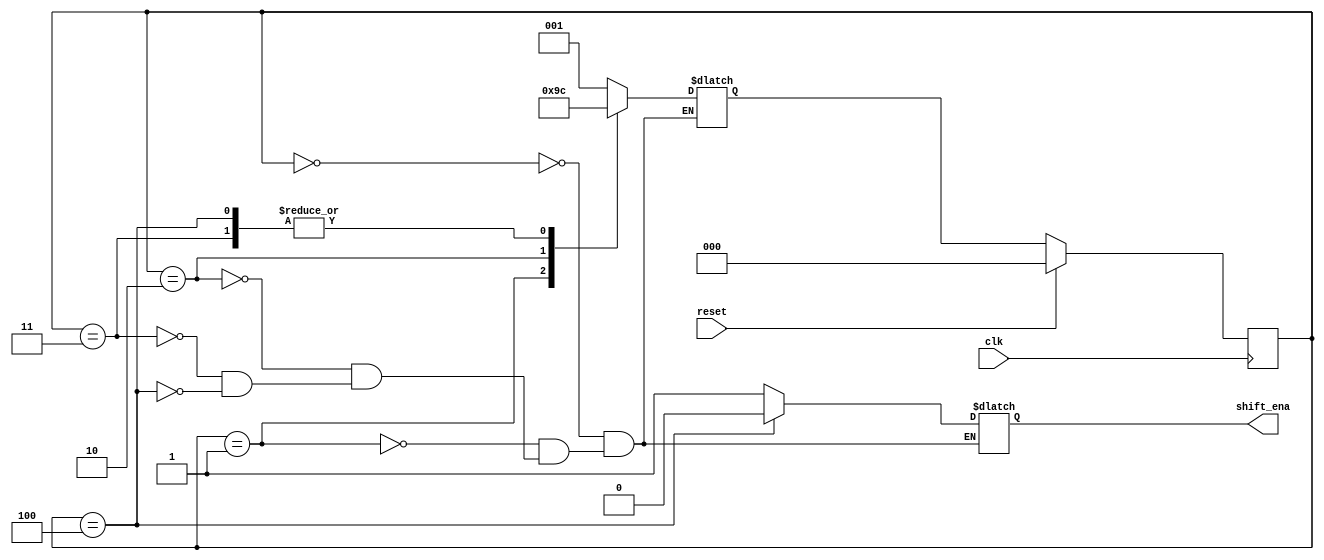
module top_module (
    input clk,
    input reset,      // Synchronous reset
    output shift_ena);
    
    reg [2 : 0] curr_state;
    reg [2 : 0] next_state;
    
    parameter S0   = 3'd0;
    parameter S1   = 3'd1;
    parameter S2   = 3'd2;
    parameter S3   = 3'd3;
    parameter S4   = 3'd4;
    
    always@(posedge clk)
    begin
        if(reset)
            curr_state <= S0;
        else
            curr_state <= next_state;
    end
    
    always@(*)
    begin
        case(curr_state)
            S0: next_state = S1;
            S1: next_state = S2;
            S2: next_state = S3;
            S3: next_state = S4;
            S4: next_state = S4;
        endcase
    end
    
    always@(*)
    begin
        case(curr_state)
            S0: shift_ena = 1'b1;
            S1: shift_ena = 1'b1;
            S2: shift_ena = 1'b1;
            S3: shift_ena = 1'b1;
            S4: shift_ena = 1'b0;
        endcase
    end
        

endmodule